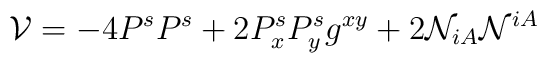
{\cal V} =- 4 P^s P^s +2 P_{x}^s P_{y}^sg^{xy} + 2 {\cal N}_{iA}{\cal N}^{iA} \,